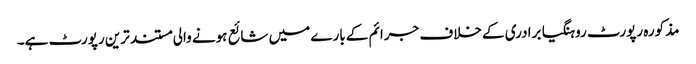
مذکورہ رپورٹ روہنگیا برادری کے خلاف جرائم کے بارے میں شائع ہونے والی مستند ترین رپورٹ ہے۔